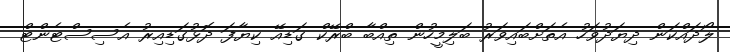
ލޯދައްކަން ދިޔަދުވަހު އެތަށްބައިވަރު ބަލިމީހުން ތިއްބާ ބްރޭކް ގަޑިއޭ ކިޔާފަ ދޮޅުގަޑިއިރު އެސިސްޓެންޓް